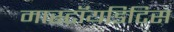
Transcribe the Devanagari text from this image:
मास्टॉयडिटिस